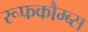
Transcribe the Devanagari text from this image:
रूफकौम्ब्स